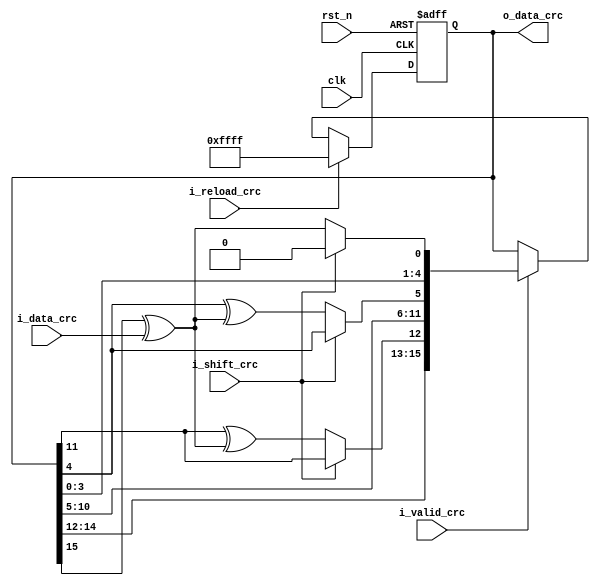
`timescale 1ns/100ps
module crc16 (
	input	clk		,
	input	rst_n		,
	input	i_reload_crc	,
	input	i_valid_crc	,
	input	i_data_crc	,
	input	i_shift_crc	,
	output	reg [15:0]	o_data_crc		
	);

reg	[15:0]	crc16_d		;
wire		temp	 	;

assign temp =  o_data_crc [15] ^ i_data_crc		;

always @ (*) 
	if (i_shift_crc )
		crc16_d		=	o_data_crc<<1	;
	else
		begin
		crc16_d 	=	o_data_crc<<1	;
		crc16_d[0]	=	temp			;
		crc16_d[5]	=	o_data_crc [4] ^ temp 	;
		crc16_d[12]	= 	o_data_crc [11] ^ temp	;
		end

always 	@(posedge clk or negedge rst_n )
	if (~rst_n )
		o_data_crc 	<=	16'hffff		;
	else if (i_reload_crc )
		o_data_crc 	<=	16'hffff		;
	else if (i_valid_crc )
		o_data_crc 	<=	crc16_d 		;
	
endmodule